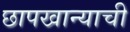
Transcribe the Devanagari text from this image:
छापखान्याची